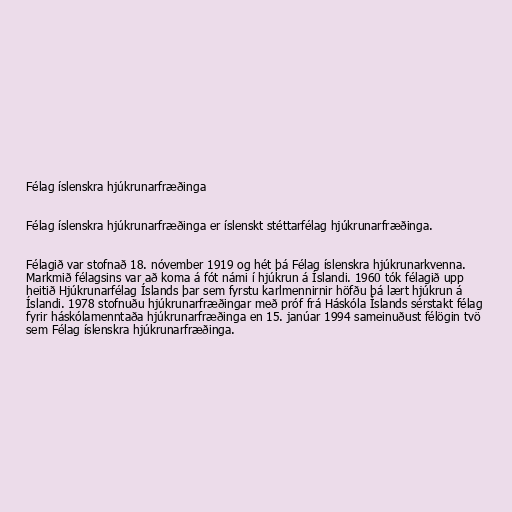
Félag íslenskra hjúkrunarfræðinga

Félag íslenskra hjúkrunarfræðinga er íslenskt stéttarfélag hjúkrunarfræðinga.

Félagið var stofnað 18. nóvember 1919 og hét þá Félag íslenskra hjúkrunarkvenna.
Markmið félagsins var að koma á fót námi í hjúkrun á Íslandi. 1960 tók félagið upp
heitið Hjúkrunarfélag Íslands þar sem fyrstu karlmennirnir höfðu þá lært hjúkrun á
Íslandi. 1978 stofnuðu hjúkrunarfræðingar með próf frá Háskóla Íslands sérstakt félag
fyrir háskólamenntaða hjúkrunarfræðinga en 15. janúar 1994 sameinuðust félögin tvö
sem Félag íslenskra hjúkrunarfræðinga.